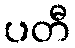
ပတီ